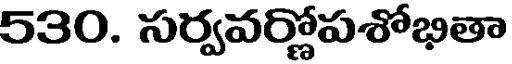
530. సర్వవర్ణోపశోభితా